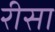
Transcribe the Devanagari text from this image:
रीसा